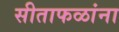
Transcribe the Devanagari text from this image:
सीताफळांना